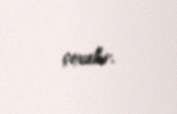
çoxalır.